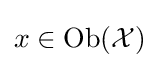
x\in {\text{Ob}}({\mathcal {X}})